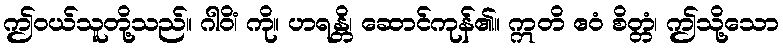
ဤဝယ်သူတို့သည်။ ဂါဝိံ၊ ကို။ ဟရန္တိ၊ ဆောင်ကုန်၏။ ဣတိ ဧဝံ စိတ္တံ၊ ဤသို့သော